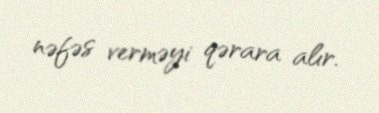
nəfəs verməyi qərara alır.